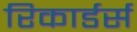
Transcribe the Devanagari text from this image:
रिकार्डर्स